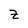
Character: Z